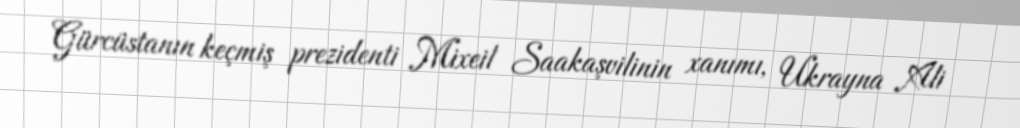
Gürcüstanın keçmiş prezidenti Mixeil Saakaşvilinin xanımı, Ukrayna Ali